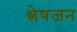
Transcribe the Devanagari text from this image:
श्लेषजन